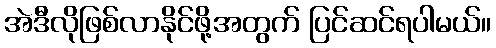
အဲဒီလိုဖြစ်လာနိုင်ဖို့အတွက် ပြင်ဆင်ရပါမယ်။